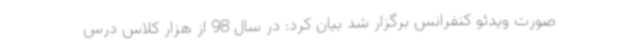
صورت ویدئو کنفرانس برگزار شد بیان کرد: در سال 98 از هزار کلاس درس